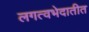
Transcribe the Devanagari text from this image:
लगत्वभेदातीत